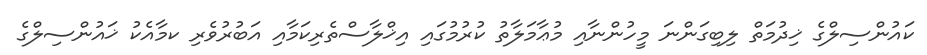
ކައުންސިލްގެ ޚިދުމަތް ލިބިގަންނަ މީހުންނާއި މުޢާމަލާތު ކުރުމުގައި އިޚްލާސްތެރިކަމާއި އަބުރުވެރި ކމާއެކު ޚައުންސިލްގެ